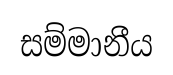
සම්මානීය